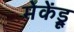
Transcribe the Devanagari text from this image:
मेकेंड्रू